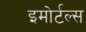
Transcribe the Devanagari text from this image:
इमोर्टल्स